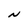
Character: N